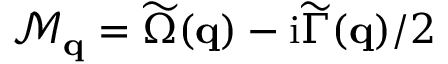
\mathcal { M } _ { \mathbf { q } } = \widetilde \Omega ( \mathbf { q } ) - \mathrm { i } \widetilde \Gamma ( \mathbf { q } ) / 2